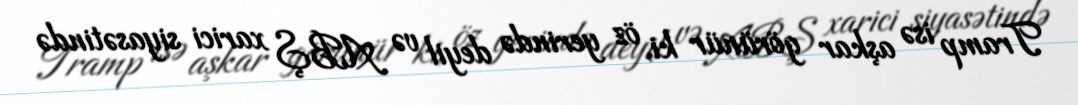
Tramp isə aşkar görünür ki, öz yerində deyil və ABŞ xarici siyasətində